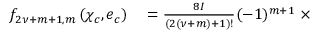
\begin{array} { r l } { f _ { 2 \nu + m + 1 , m } \left( \chi _ { c } , e _ { c } \right) } & { { } = \frac { 8 I } { \left( 2 \left( \nu + m \right) + 1 \right) ! } ( - 1 ) ^ { m + 1 } \ \times } \end{array}